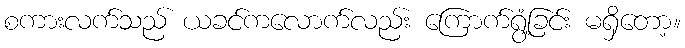
စကားလက်သည် ယခင်ကလောက်လည်း ကြောက်ရွံ့ခြင်း မရှိတော့။